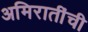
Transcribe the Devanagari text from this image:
अमिरातींची